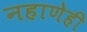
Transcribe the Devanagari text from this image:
नहाणेही